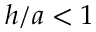
h / a < 1